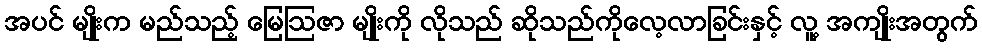
အပင် မျိုးက မည်သည့် မြေဩဇာ မျိုးကို လိုသည် ဆိုသည်ကိုလေ့လာခြင်းနှင့် လူ့ အကျိုးအတွက်